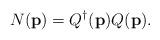
LaTeX: \begin{align*}N( {\bf p}) = Q^\dagger({\bf p}) Q({\bf p}).\end{align*}